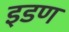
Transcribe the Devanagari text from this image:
इडण